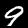
Digit: 9